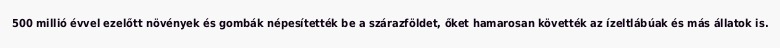
500 millió évvel ezelőtt növények és gombák népesítették be a szárazföldet, őket hamarosan követték az ízeltlábúak és más állatok is.